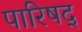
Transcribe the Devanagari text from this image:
पारिषद्